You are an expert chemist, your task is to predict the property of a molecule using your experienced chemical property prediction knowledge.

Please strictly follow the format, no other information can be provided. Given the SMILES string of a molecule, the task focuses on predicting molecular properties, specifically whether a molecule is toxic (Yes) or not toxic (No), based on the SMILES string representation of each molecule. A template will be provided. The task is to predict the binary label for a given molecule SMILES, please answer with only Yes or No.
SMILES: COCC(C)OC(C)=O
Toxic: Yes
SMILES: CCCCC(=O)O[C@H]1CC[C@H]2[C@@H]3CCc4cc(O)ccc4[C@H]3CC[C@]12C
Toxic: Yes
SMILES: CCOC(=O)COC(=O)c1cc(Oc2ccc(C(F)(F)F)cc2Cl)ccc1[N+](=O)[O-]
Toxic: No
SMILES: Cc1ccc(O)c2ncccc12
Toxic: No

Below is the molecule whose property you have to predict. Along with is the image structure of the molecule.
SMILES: CNC(=O)Oc1ccc(N(C)C)c(C)c1
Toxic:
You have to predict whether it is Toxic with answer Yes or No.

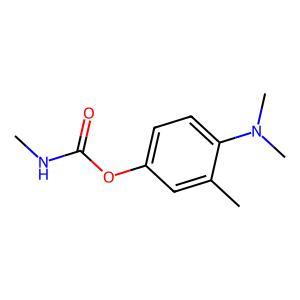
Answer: No